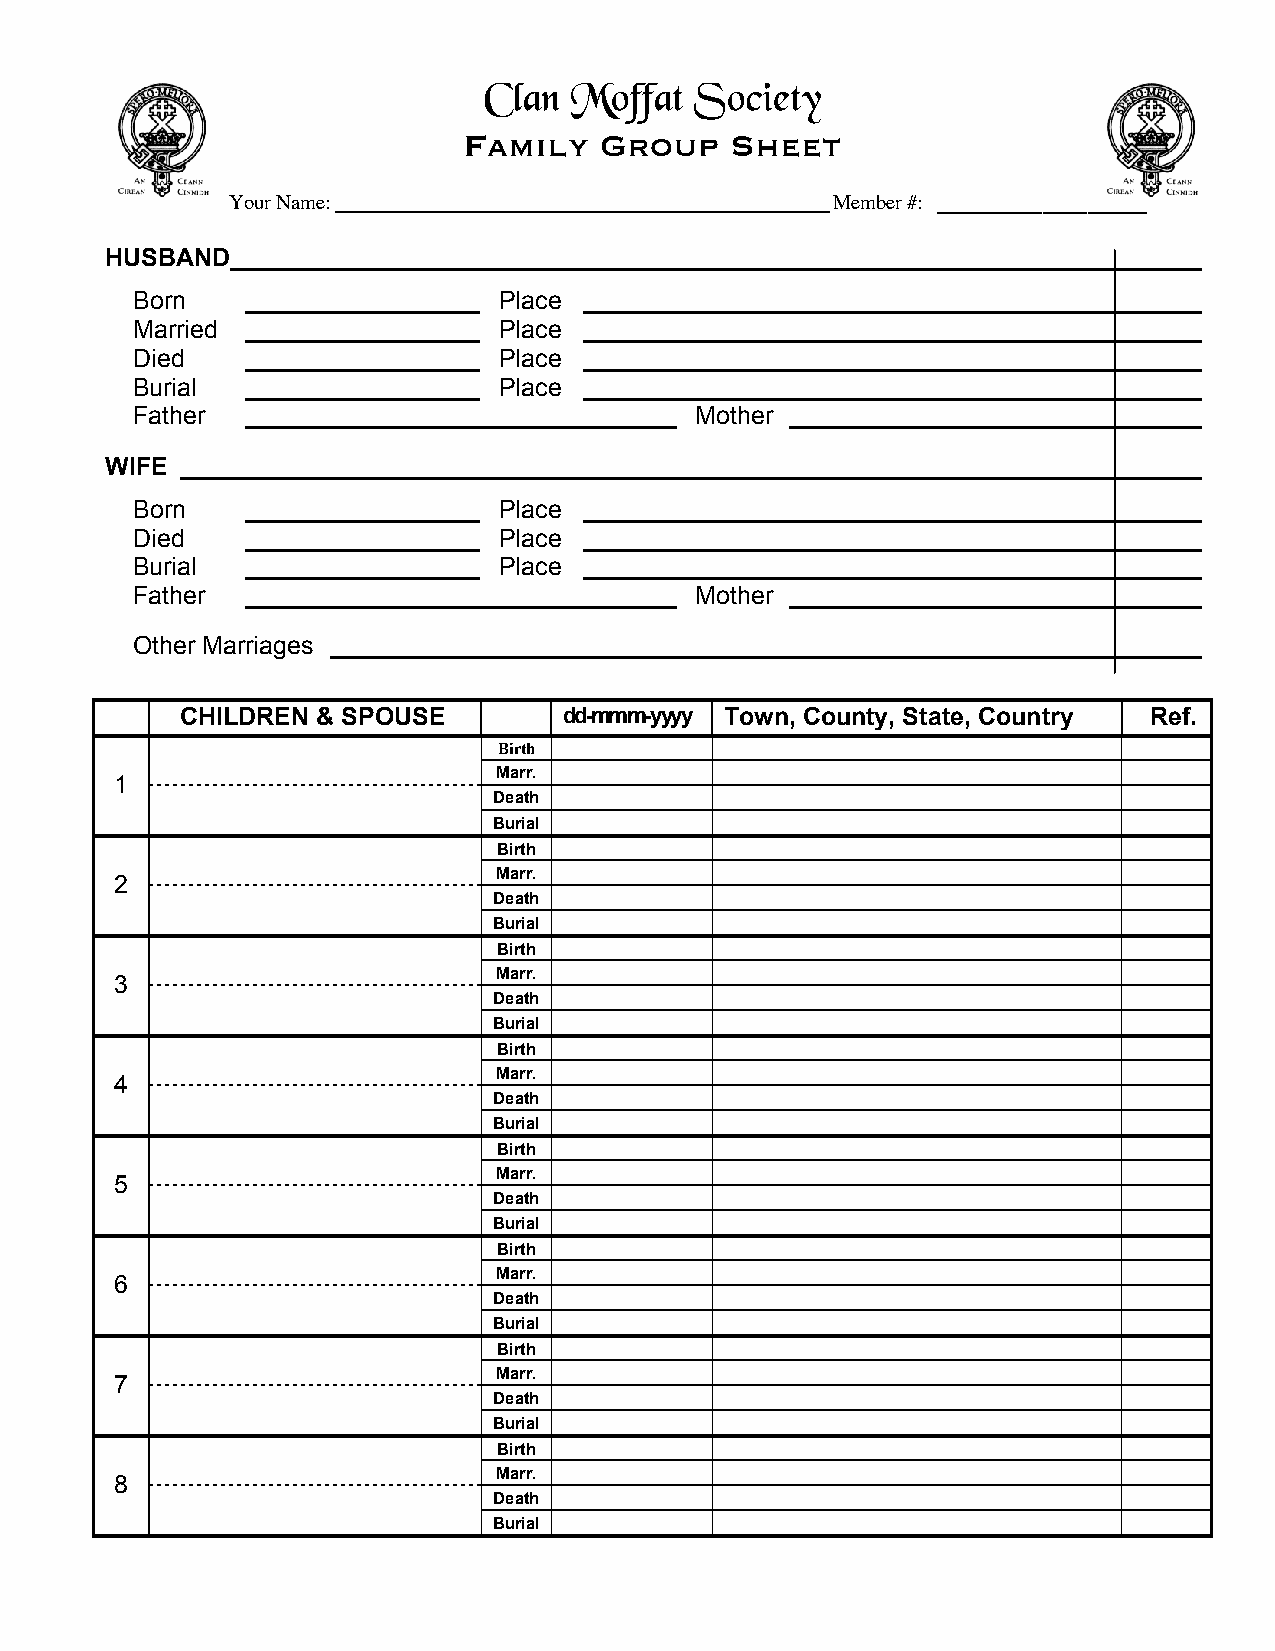
Clan  Moffat  Society
 Family   Group   Sheet
 Your Name:_____________________________________________Member #: ______________
 HUSBAND
 Born                    Place
 Married                 Place
 Died                    Place
 Burial                  Place
 Father                               Mother
 WIFE
 Born                    Place
 Died                    Place
 Burial                  Place
 Father                               Mother
 Other Marriages
 CHILDREN & SPOUSE        dd-mmm-yyyy Town, County, State, Country Ref.
 Birth
 Marr.
 1
 Death
 Burial
 Birth
 Marr.
 2
 Death
 Burial
 Birth
 Marr.
 3
 Death
 Burial
 Birth
 Marr.
 4
 Death
 Burial
 Birth
 Marr.
 5
 Death
 Burial
 Birth
 Marr.
 6
 Death
 Burial
 Birth
 Marr.
 7
 Death
 Burial
 Birth
 Marr.
 8
 Death
 Burial